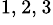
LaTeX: ^{1,\, 2,\, 3}